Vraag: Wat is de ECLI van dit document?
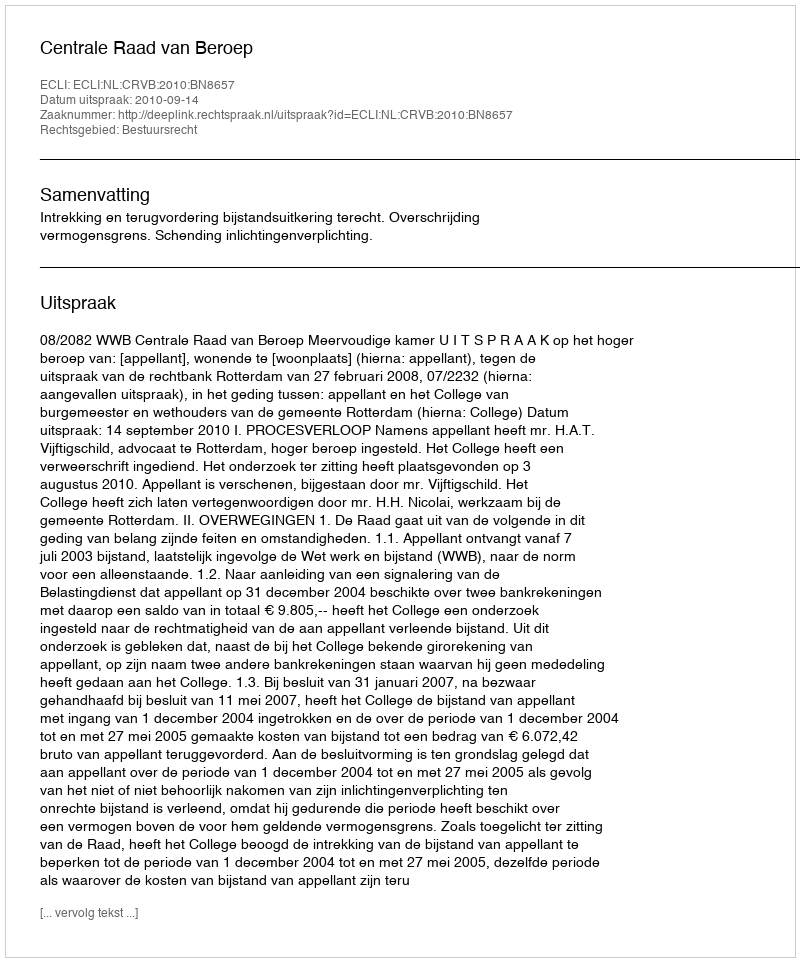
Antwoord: ECLI:NL:CRVB:2010:BN8657